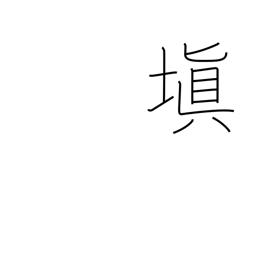
Meaning: make good